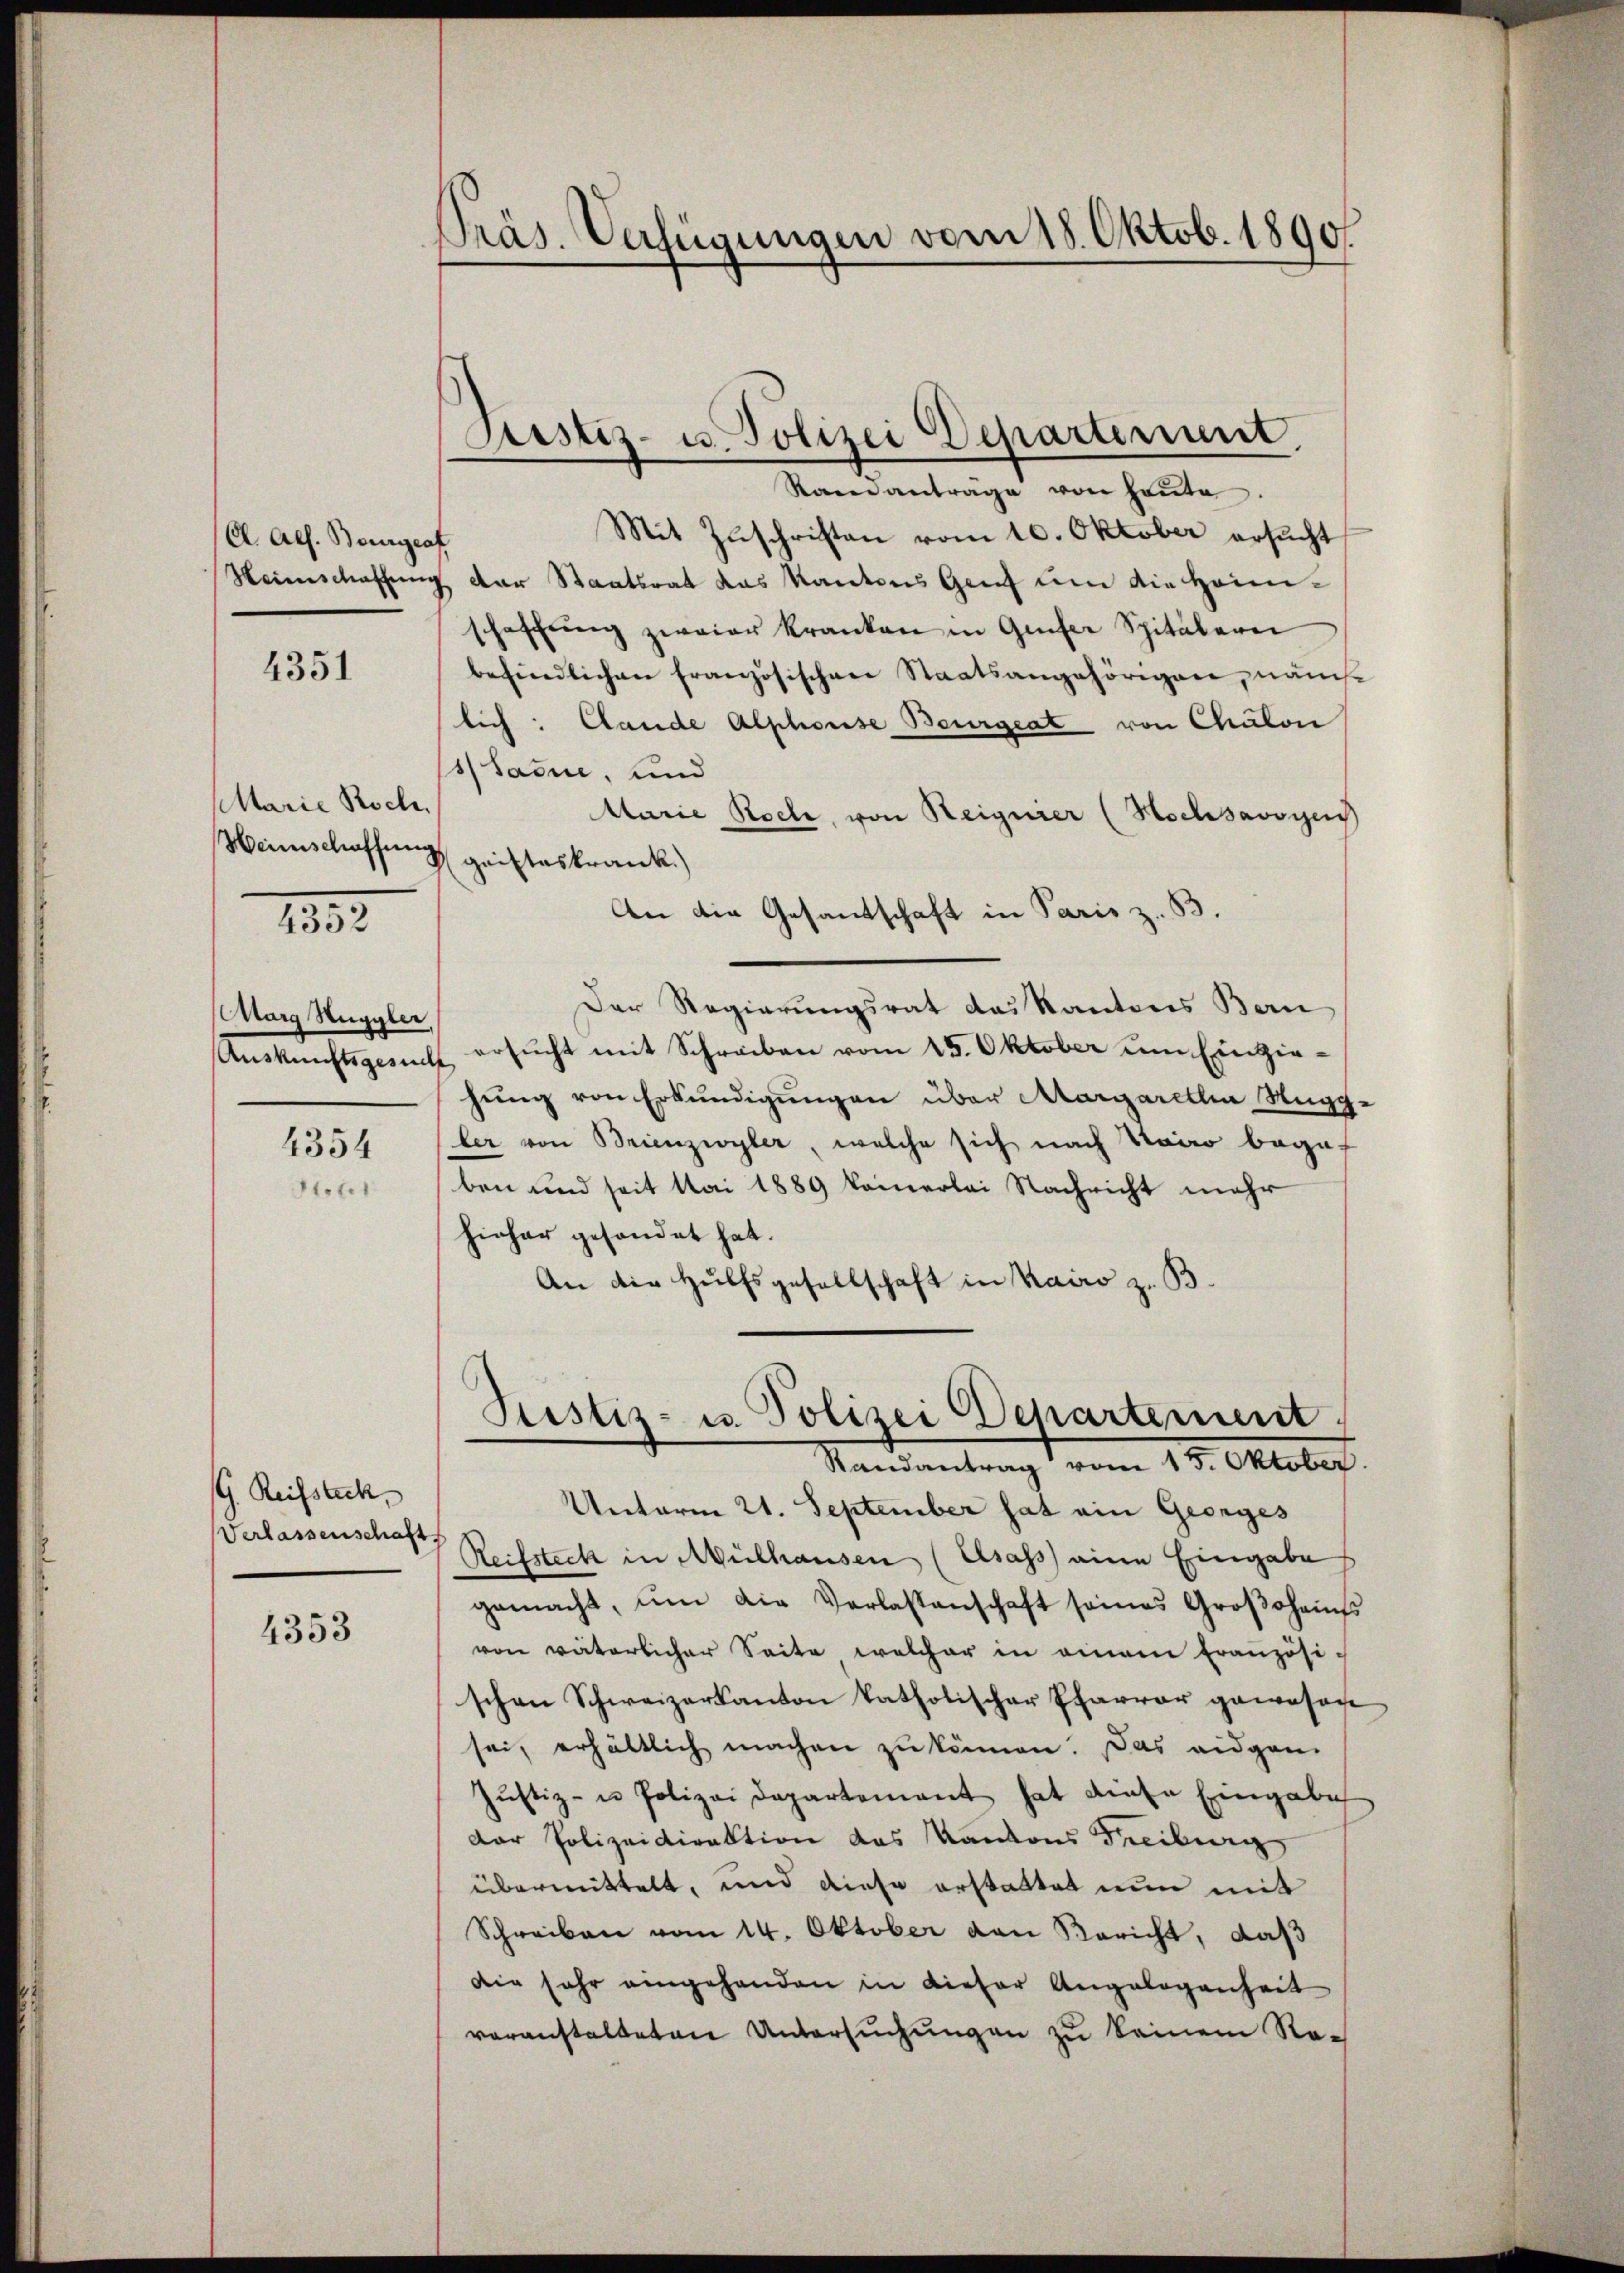
Cl. Ach. Bourgraf
4351

Altarie Roch.
Weinschaffung

1357.

Marg Heggler,
Auskunftsgesuch

4354

Stoter

G. Reissteck
Verlassenschaft

4353

Präs. Verfügungen vom 18. Oktob. 1890.

Astiz- u. Polizei Departement

Raeneanträge von heŭte.
Mit Zuschriften vom 10. Oktober ersucht
Weinschaffung der Staatsrat das Kantons Genf um die Heimschaffŭng zweier kranken in Geser Spitälerei
befindlichen französischen Staatsangehörigen, nämche
lich: Cande Alphouse Beurgeat von Chalon
Saine, und
Marie Roche, von Reignier (Hochsavoyens
gristeskrank.)
An die Gesandschaft in Paris z. B.
Der Regierungsrat das Kantons Bern
ersucht mit Schreiben vom 15. Oktober um Einziehung von Erkundigungen über Margarellin Nugc-
ler von Brienzwyler, welche sich nach Kairo begaf
ben und seit Mai 1889 keinerlei Nachricht mehr
hieher gesandet hat.
An die Hülfsgesellschaft in Kairo z. B.
Pustiz- u. Polizei Departement
Mandametung vom 18. Oktober.
Unterm 21. September hat ein Georges
Reifsteck in Mülhausen (Asass eine Eingabe
gemacht, ŭm die Verlassenschaft seines Groβohans
von väterlicher Seite welcher in einem Französi-
schen Schweizerkanton katholischer Pfarrer gewesen
sei, erhältlich machen zŭ können. Das eidgen
Jŭstiz- u Polizei Departement hat diese Eingabe
Der Polizeidirektion das Kantons Freiburg
übermittelt, und diese erstattet nun mit
Schreiben vom 14. Oktober von Bericht, daß
Die sehr eingehanden in dieser Angelegenheit
voranstalteten Untersuchungen zu keinem Na-